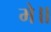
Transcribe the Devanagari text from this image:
मे॥